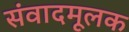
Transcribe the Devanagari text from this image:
संवादमूलक